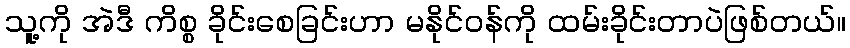
သူ့ကို အဲဒီ ကိစ္စ ခိုင်းစေခြင်းဟာ မနိုင်ဝန်ကို ထမ်းခိုင်းတာပဲဖြစ်တယ်။